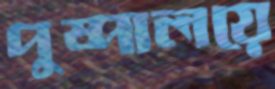
পুষ্পালয়ে